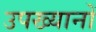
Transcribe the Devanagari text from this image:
उपख्यानों